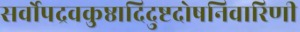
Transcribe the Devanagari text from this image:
सर्वोपद्रवकुष्ठादिदुष्टदोषनिवारिणी